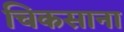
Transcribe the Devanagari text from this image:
चिकसाना